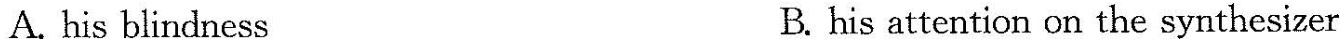
A.his blindness B.his attention on the synthesizer